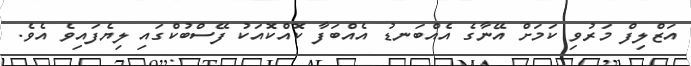
އަޒްލިފް މަރުވި ކަމަށް އޭނާގެ އެއްބަނޑު އެއްބަފާ ކޮއްކޮއަކު ފޭސްބުކްގައި ލިޔެފައިވެ އެވެ.